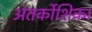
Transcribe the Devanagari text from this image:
अंतर्कोशिका